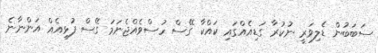
ސަބަބުން ޑެލިވަރީ ނުކުރާ ގަޑިއެއްގައި ކައްކާ ގޭސް ހުސްވެއްޖެނަމަ ގޭސް ފުޅިއެއް އަންނާނެ